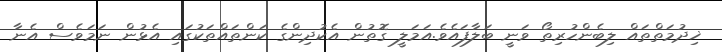
ޚިދުމަތްތައް ލިބެންހުރިތޯ ވަނީ ބަލާފައެވެ.އަމަލީ ގޮތުން އެކުދިންގެ ކަންތައްތަކުގައި އެޅުން ނަމަވެސް އެނާ